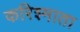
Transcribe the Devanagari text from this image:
करिश्माता